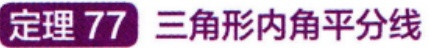
定理 77 三角形内角平分线